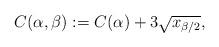
LaTeX: \begin{align*}C(\alpha,\beta):= C(\alpha)+ 3\sqrt{x_{\beta/2}},\end{align*}